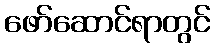
ဖော်ဆောင်ရာတွင်